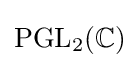
\mathrm {PGL} _{2}(\mathbb {C} )